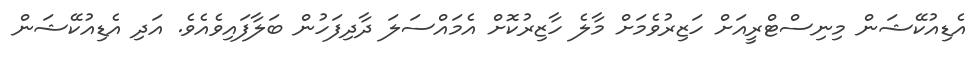
އެޑިއުކޭޝަން މިނިސްޓްރީއަށް ހަޒިރުވެމަށް މާލެ ހާޒިރުކޮށް އެމައްސަލަ ދާދިފަހުން ބަލާފައިވެއެވެ. އަދި އެޑިއުކޭޝަން